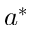
a ^ { * }